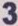
3